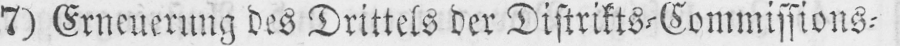
7) Erneuerung des Drittels der Distrikts⸗Commissions⸗